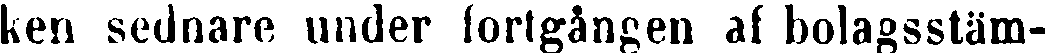
ken sednare under fortgången af bolagsstäm-